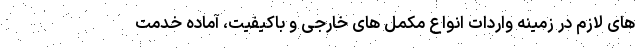
های لازم در زمینه واردات انواع مکمل های خارجی و باکیفیت، آماده خدمت